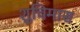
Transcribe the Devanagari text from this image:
शुचिमास